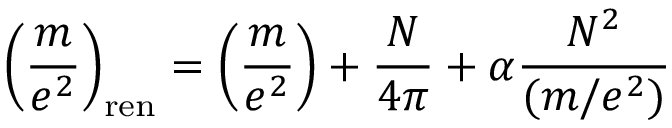
\left( \frac { m } { e ^ { 2 } } \right) _ { \mathrm { r e n } } = \left( \frac { m } { e ^ { 2 } } \right) + \frac { N } { 4 \pi } + \alpha { \frac { N ^ { 2 } } { ( m / e ^ { 2 } ) } }